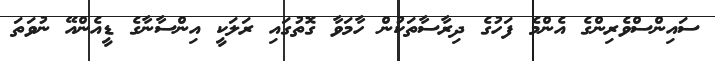
ސައިންސްވެރިންގެ އެންމެ ފަހުގެ ދިރާސާތަކުން ހާމަވާ ގޮތުގައި ރަލަކީ އިންސާނާގެ ޑީއެންއޭ ނުވަތަ